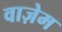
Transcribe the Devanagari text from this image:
वाज़ेम